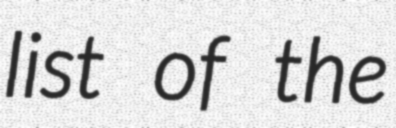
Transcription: list of the